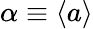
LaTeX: \alpha\equiv\langle a\rangle